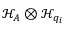
\mathcal { H } _ { A } \otimes \mathcal { H } _ { q _ { i } }